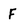
Character: F